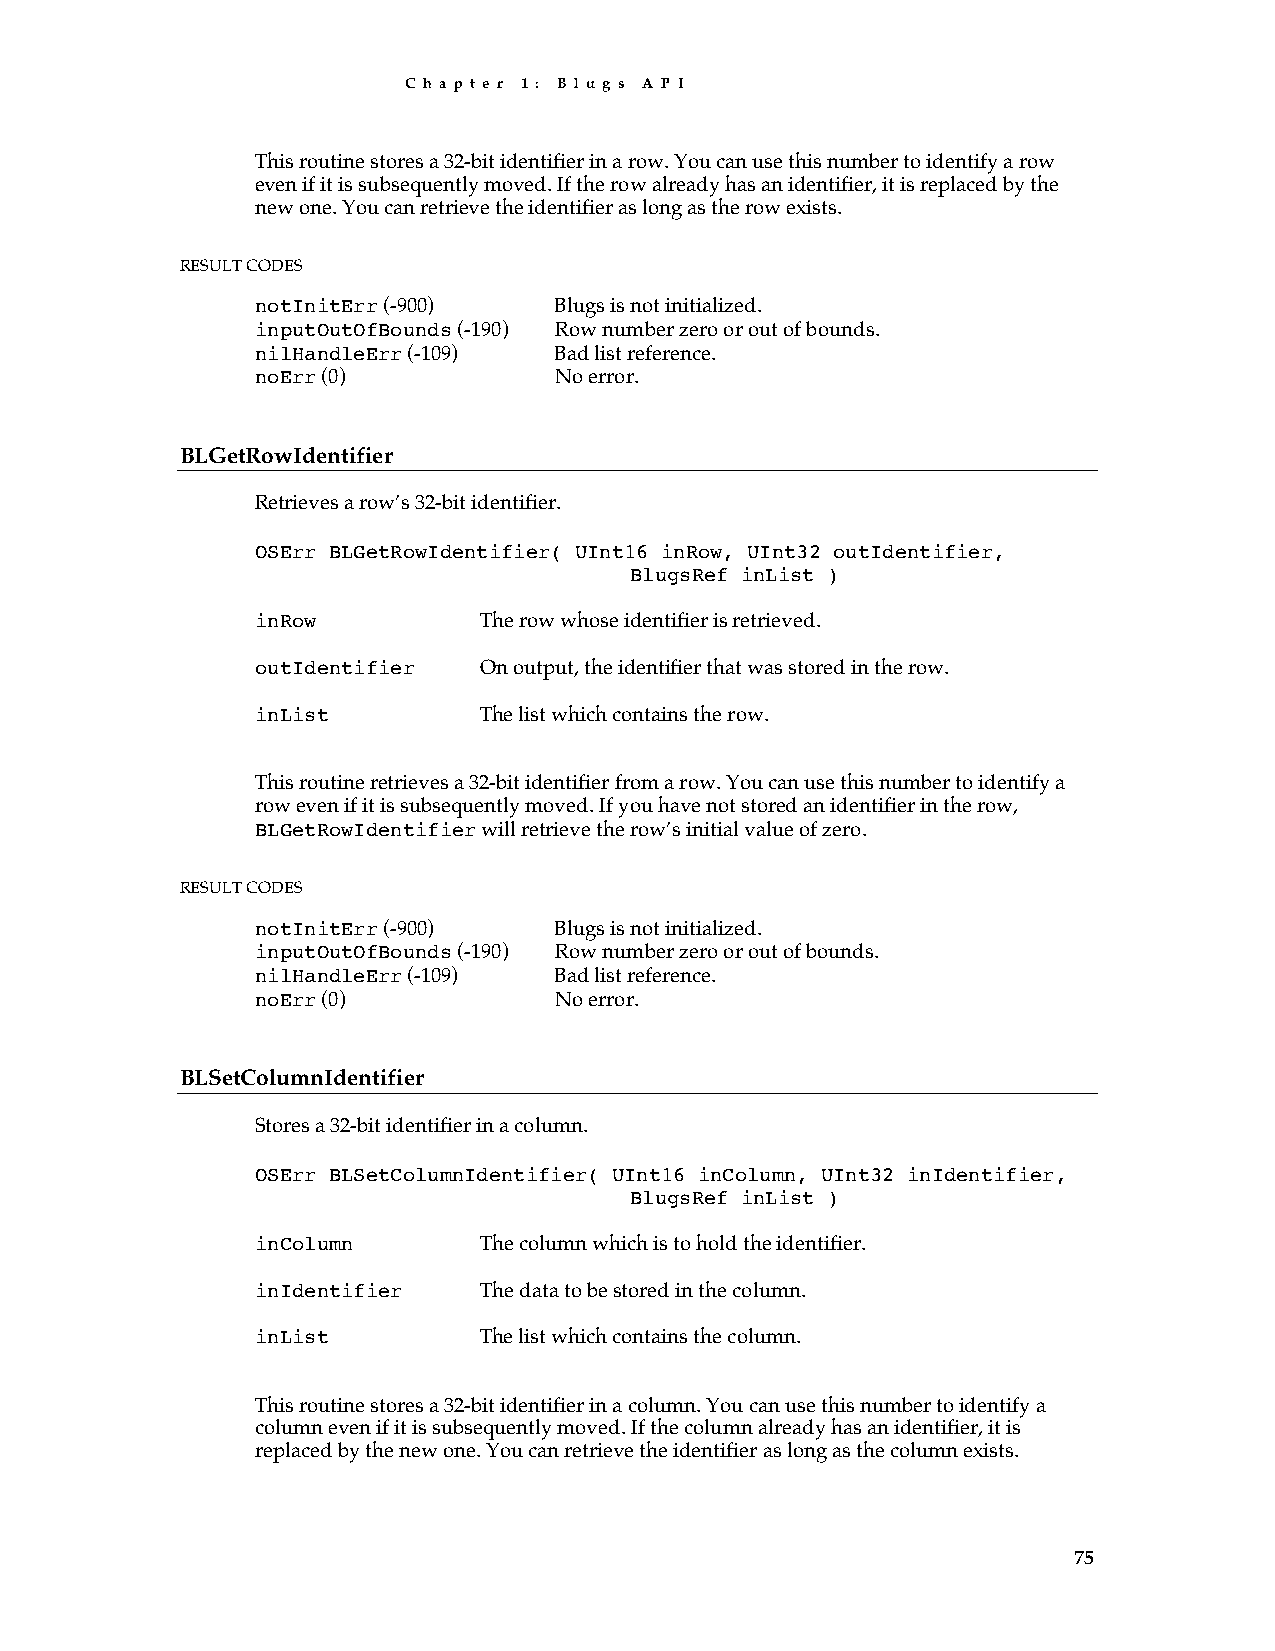
C h a p t e r 1 : B l u g s A P I
 This routine stores a 32-bit identifier in a row. You can use this number to identify a row
 even if it is subsequently moved. If the row already has an identifier, it is replaced by the
 new one. You can retrieve the identifier as long as the row exists.
 RESULT CODES
 notInitErr (-900)   Blugs is not initialized.
 inputOutOfBounds (-190) Row number zero or out of bounds.
 nilHandleErr (-109) Bad list reference.
 noErr (0)           No error.
 BLGetRowIdentifier
 Retrieves a row’s 32-bit identifier.
 OSErr BLGetRowIdentifier( UInt16 inRow, UInt32 outIdentifier,
 BlugsRef inList )
 inRow          The row whose identifier is retrieved.
 outIdentifier  On output, the identifier that was stored in the row.
 inList         The list which contains the row.
 This routine retrieves a 32-bit identifier from a row. You can use this number to identify a
 row even if it is subsequently moved. If you have not stored an identifier in the row,
 BLGetRowIdentifier will retrieve the row’s initial value of zero.
 RESULT CODES
 notInitErr (-900)   Blugs is not initialized.
 inputOutOfBounds (-190) Row number zero or out of bounds.
 nilHandleErr (-109) Bad list reference.
 noErr (0)           No error.
 BLSetColumnIdentifier
 Stores a 32-bit identifier in a column.
 OSErr BLSetColumnIdentifier( UInt16 inColumn, UInt32 inIdentifier,
 BlugsRef inList )
 inColumn       The column which is to hold the identifier.
 inIdentifier   The data to be stored in the column.
 inList         The list which contains the column.
 This routine stores a 32-bit identifier in a column. You can use this number to identify a
 column even if it is subsequently moved. If the column already has an identifier, it is
 replaced by the new one. You can retrieve the identifier as long as the column exists.
 75